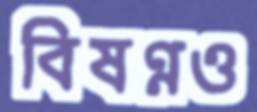
বিষণ্নও